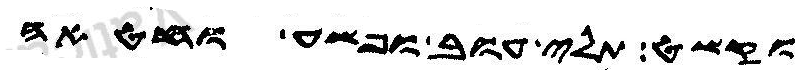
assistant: וקשט תלי עוב ופשע וחטאה